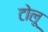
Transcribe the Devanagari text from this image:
टोलू